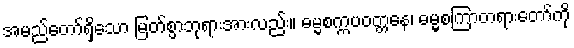
အမည်တော်ရှိသော မြတ်စွာဘုရားအားလည်း။ ဓမ္မစက္ကပဝတ္တနေ၊ ဓမ္မစကြာတရားတော်ကို